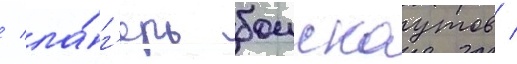
/ ла́г'ерь боискаутов /